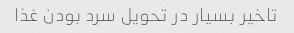
تاخیر بسیار در تحویل سرد بودن غذا